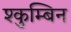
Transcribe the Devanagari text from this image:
श्कुम्बिन